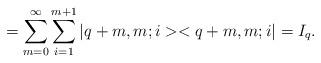
LaTeX: \begin{align*}=\sum_{m=0}^\infty \sum_{i=1}^{m+1}|q+m,m;i><q+m,m;i|=I_q.\end{align*}